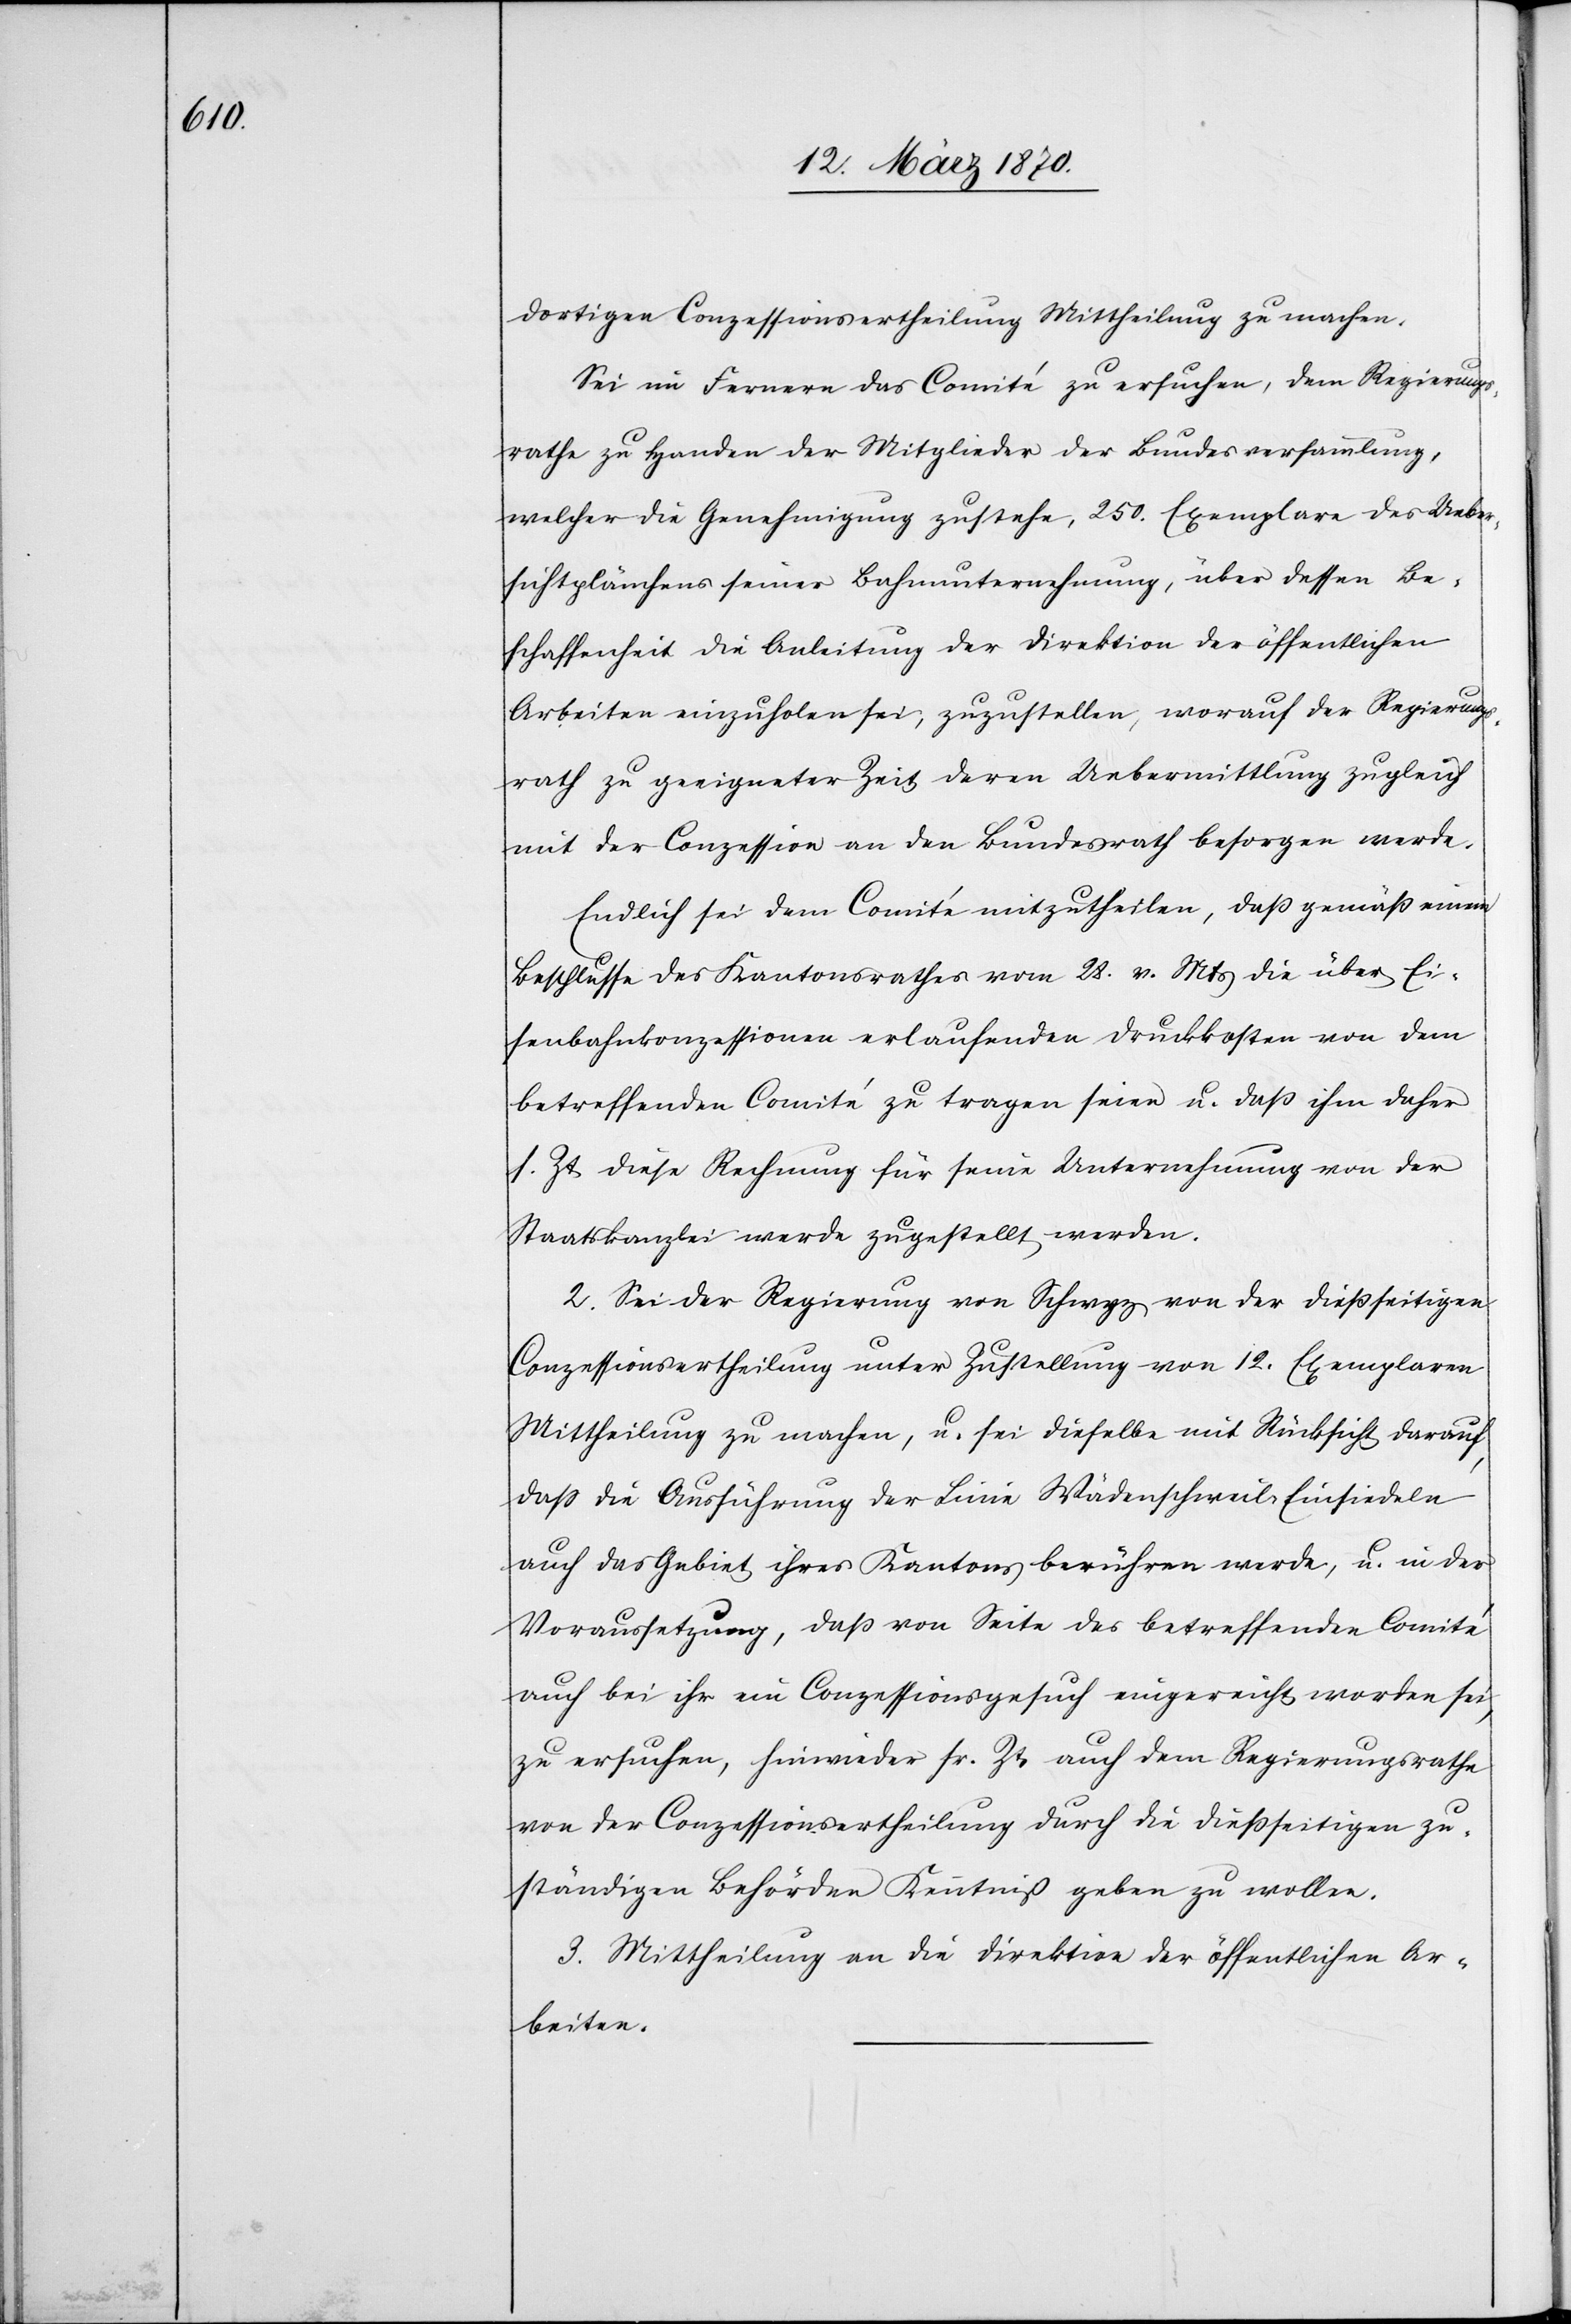
Ueber¬

dortigen Conzessionsertheilung Mittheilung zu machen.
Sei im Fernern das Comité zu ersuchen, dem Regierungs¬
rathe zu Handen der Mitglieder der Bundesversammlung,
sichtplänchens seiner Bahnunternehmung, über dessen Be¬
schaffenheit die Anleitung der Direktion der öffentlichen
Arbeiten einzuholen sei, zuzustellen, worauf der Regierungs¬
rath zu geeigneter Zeit deren Uebermittlung zugleich
mit der Conzession an den Bundesrath besorgen werde.
Endlich sei dem Comité mitzutheilen, daß gemäß einem
Beschlusse des Kantonsrathes vom 28. v. Mts die über Ei¬
senbahnkonzessionen erlaufenden Druckkosten von dem
betreffenden Comité zu tragen seien u. daß ihm daher
s. Zt diese Rechnung für seine Unternehmung von der
Staatskanzlei werde zugestellt werden.
2. Sei der Regierung von Schwyz von der dießseitigen
Conzessionsertheilung unter Zustellung von 12. Exemplaren
Mittheilung zu machen, u. sei dieselbe mit Rücksicht darauf,
daß die Ausführung der Linie Wädenschweil-Einsiedeln
auch das Gebiet ihres Kantons berühren werde, u. in der
Voraussetzung, daß von Seite des betreffenden Comité
auch bei ihr ein Conzessionsgesuch eingereicht worden sei,
zu ersuchen, hinwieder sr. Zt auch dem Regierungsrathe
von der Conzessionsertheilung durch die dießseitigen zu¬
ständigen Behörden Kenntniß geben zu wollen.
3. Mittheilung an die Direktion der öffentlichen Ar¬
beiten.